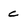
Character: c